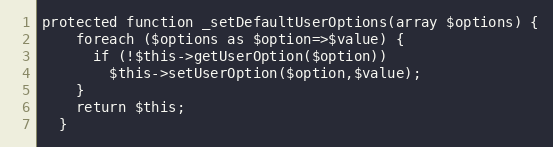
Language: PHP
protected function _setDefaultUserOptions(array $options) {
    foreach ($options as $option=>$value) {
      if (!$this->getUserOption($option))
        $this->setUserOption($option,$value);
    }
    return $this;
  }